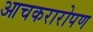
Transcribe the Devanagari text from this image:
आचकरारोपण